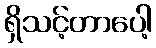
ရှိသင့်တာပေါ့